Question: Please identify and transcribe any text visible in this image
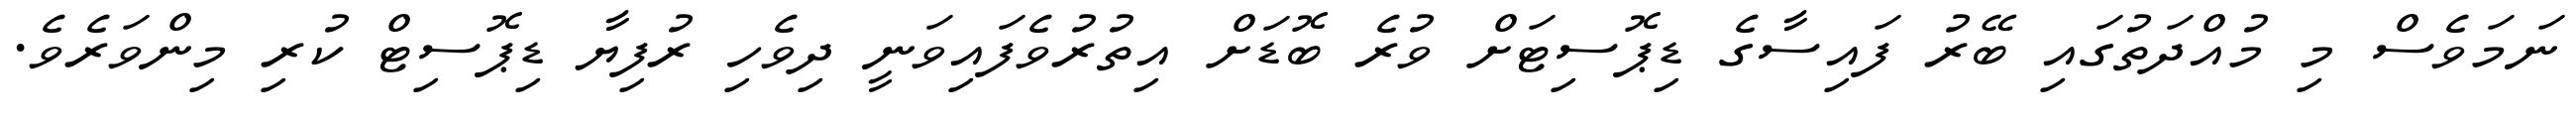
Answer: ނަމަވެސް މި މުއްދަތުގައި ބޭރު ފައިސާގެ ޑިޕޮސިޓަށް ވުރެ ބޮޑަށް އިތުރުވެފައިވަނީ ދިވެހި ރުފިޔާ ޑިޕޮސިޓް ކުރި މިންވަރެވެ.